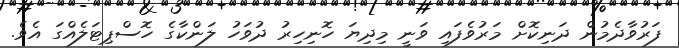
ފަރުވާދެމުން ދަނިކޮށް މަރުވެފައި ވަނީ މިދިޔަ ހޮނިހިރު ދުވަހު ލަންކާގެ ހޮސްޕިޓަލެއްގަ އެވެ.